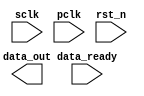
module cdc_test(             
	input sclk, pclk,          // two different clock domain
	input rst_n,
	input data_ready,       // the input of data_sclk 
	output reg [5:0] data_out // the output of data_pclk
);
reg [2:0] state, n_state;
reg [5:0] data_sclk , n_data_sclk; // send data
reg [5:0] data_pclk , n_data_pclk; // receive data

reg data_transfer_pclk , n_data_transfer_pclk; // 2022/8/8

reg req_sclk, n_req_sclk, req_sample_1_pclk, req_sample_2_pclk; // request from sclk domain to pclk domain
reg ack_pclk, n_ack_pclk, ack_sample_1_sclk, ack_sample_2_sclk; // acknowledge from pclk domain to sclk domain
 



parameter IDLE = 3'd0, TRANSFER = 3'd1;
//***************************************
//*               FSM                   *  
//***************************************
always@(*) begin
	n_req_sclk = 0;
	n_ack_pclk = 0;
	
	n_data_sclk = 0;
	n_data_pclk = 0;
	n_data_transfer_pclk = 0;
	
	case (state)
		IDLE: begin
			n_req_sclk = req_sclk;
			n_ack_pclk = ack_pclk;
			
			if (data_ready) begin
				n_state = TRANSFER;
				n_data_sclk = data_sclk;
				n_data_pclk = data_pclk;
				n_req_sclk = 1;
			end
			else begin
				n_state = IDLE;
				n_data_sclk = data_sclk;
				n_data_pclk = data_pclk;
				n_req_sclk = 0;
			end
			
			
			
		end
		
		TRANSFER: begin
			n_req_sclk = req_sclk;
			n_ack_pclk = ack_pclk;
			
			n_data_pclk = data_pclk;
		

			
			if (req_sclk == 1) begin
				n_data_sclk = data_sclk;
			end
			else if (req_sclk == 0 && ack_sample_2_sclk == 0) begin
				n_data_sclk = data_sclk;
			end
			else begin 
				n_data_sclk = data_sclk + 1;
			end
			

			if (ack_pclk == 0 && req_sample_2_pclk) begin
				n_data_transfer_pclk = 1;
				n_data_pclk = data_sclk;
			end
			
			if (data_transfer_pclk == 1) begin
				n_data_transfer_pclk = 0;
				n_ack_pclk = 1;
			end
			
			
			
			if (req_sclk == 1 && ack_sample_2_sclk) 
				n_req_sclk = 0;
			
			if (ack_pclk == 1 && ~req_sample_2_pclk) 
				n_ack_pclk = 0;
				

			if (req_sclk == 0 && ack_sample_2_sclk == 0) begin
				n_req_sclk = 1;
				n_data_sclk = data_sclk;
			end
		
		end
		

	
	endcase 
end

always@(posedge sclk) begin
	if (~rst_n) begin
		state <= IDLE;
	end
	else begin
		state <= n_state;
	end

end







always@(posedge sclk) begin
	if (~rst_n) begin
	
		data_sclk <= 0;
		req_sclk <= 0;
	
		ack_sample_1_sclk <= 0;	
		ack_sample_2_sclk <= 0;
	end
	else begin
		data_sclk <= n_data_sclk;
	
		req_sclk <= n_req_sclk;
	
		ack_sample_1_sclk <= ack_pclk;
		ack_sample_2_sclk <= ack_sample_1_sclk;
	end

end



always@(posedge pclk) begin
	if (~rst_n) begin
		data_pclk <= 0;
		ack_pclk <= 0;
	
		req_sample_1_pclk <= 0;	
		req_sample_2_pclk <= 0;
		data_transfer_pclk <= 0;
		
	end
	else begin
		data_pclk <= n_data_pclk;
		ack_pclk <= n_ack_pclk;
	
		req_sample_1_pclk <= req_sclk;
		req_sample_2_pclk <= req_sample_1_pclk;
		data_transfer_pclk <= n_data_transfer_pclk;
	end

end

endmodule